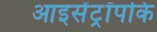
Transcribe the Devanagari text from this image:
आइसेंट्रॉपकि